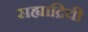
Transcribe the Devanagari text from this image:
सह्याद्रिची